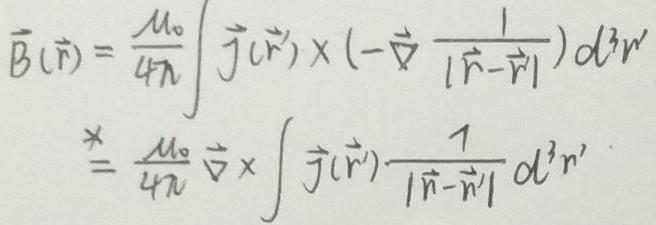
\[
\begin{align*}
\vec{B}(\vec{r})&=\frac{\mu_0}{4\pi}\int\vec{j}(\vec{r}')\times\left(-\vec{\nabla}\frac{1}{|\vec{r}-\vec{r}'|}\right)d^3r'\\
&\stackrel{*}{=}\frac{\mu_0}{4\pi}\vec{\nabla}\times\int\vec{j}(\vec{r}')\frac{1}{|\vec{r}-\vec{r}'|}d^3r'
\end{align*}
\]